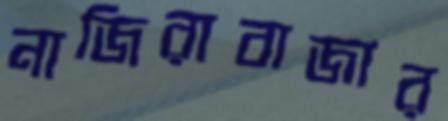
নাজিরাবাজার